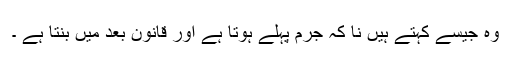
وہ جیسے کہتے ہیں نا کہ جرم پہلے ہوتا ہے اور قانون بعد میں بنتا ہے ۔